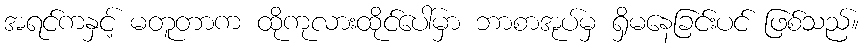
အရင်ကနှင့် မတူတာက ထိုကုလားထိုင်ပေါ်မှာ ဘာစာအုပ်မှ ရှိမနေခြင်းပင် ဖြစ်သည်။